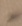
Text: -